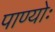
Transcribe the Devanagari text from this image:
पाण्योः